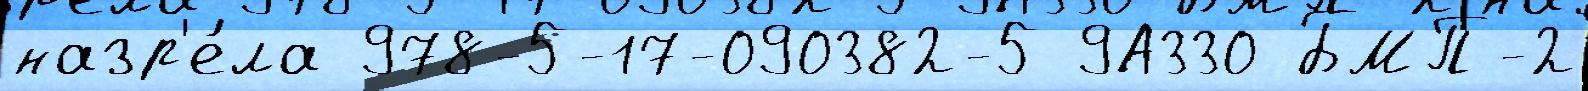
назр'е́ла 978-5-17-090382-5 9А330 БМП-2